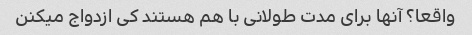
واقعا؟ آنها برای مدت طولانی با هم هستند کی ازدواج میکنن